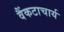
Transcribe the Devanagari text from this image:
वैंकटाचार्य